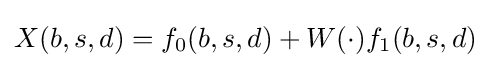
X(b,s,d)=f_{0}(b,s,d)+W(\cdot )f_{1}(b,s,d)